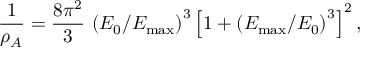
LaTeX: { \frac { 1 } { \rho _ { A } } } = { \frac { 8 \pi ^ { 2 } } { 3 } } \, \left( { E _ { 0 } / E _ { \mathrm { m a x } } } \right) ^ { 3 } \left[ 1 + \left( { E _ { \mathrm { m a x } } / E _ { 0 } } \right) ^ { 3 } \right] ^ { 2 } ,